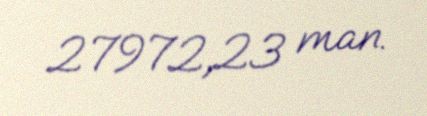
27972,23 man.